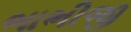
ભાભીજી